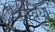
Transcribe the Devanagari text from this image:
सम्बंधोंं